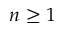
n \geq 1